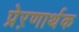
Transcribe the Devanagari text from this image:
प्रेऱणार्थक